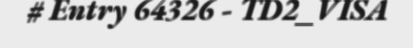
# Entry 64326 - TD2_VISA